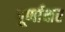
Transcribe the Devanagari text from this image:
पूर्णाक्षर